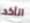
اتأكد